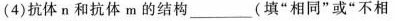
(4)抗体n和抗体m的结构_____(填”相同”或”不相